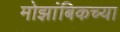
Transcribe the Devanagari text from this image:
मोझांबिकच्या